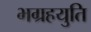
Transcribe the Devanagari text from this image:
भग्रहयुति